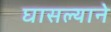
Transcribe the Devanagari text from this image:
घासल्याने